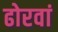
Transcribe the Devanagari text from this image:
ढोरवां